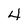
Character: 4